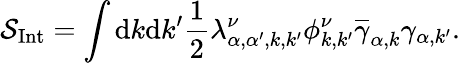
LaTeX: \mathcal{S}_{\mathrm{{{Int}}}}=\int\mathrm{{d}}k\mathrm{{d}}k^{\prime}\frac{{1}}{{2}}\lambda_{\alpha,\alpha^{\prime},{k},{k^{\prime}}}^{\nu}\phi_{{k},{k^{\prime}}}^{\nu}\overline{{{\gamma}}}_{\alpha,{k}}\gamma_{\alpha,{k}^{\prime}}.